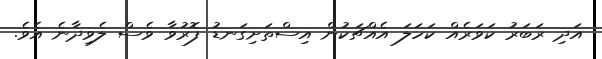
އަދި ރަބަރު ކަވަރެއް ކަހަލަ އެއްޗަކުން އިސްތަށިގަނޑު ފޮރުވާ ވެސް ލެވިދާނެ އެވެ.